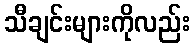
သီချင်းများကိုလည်း